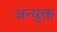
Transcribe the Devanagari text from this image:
अन्युक्त